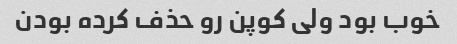
خوب بود ولی کوپن رو حذف کرده بودن